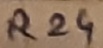
Text: R24